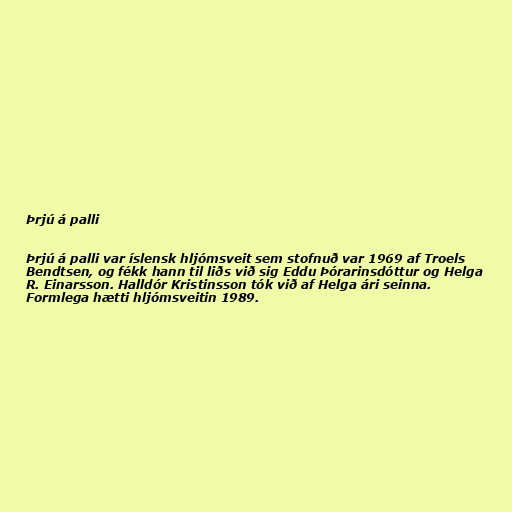
Þrjú á palli

Þrjú á palli var íslensk hljómsveit sem stofnuð var 1969 af Troels
Bendtsen, og fékk hann til liðs við sig Eddu Þórarinsdóttur og Helga
R. Einarsson. Halldór Kristinsson tók við af Helga ári seinna.
Formlega hætti hljómsveitin 1989.